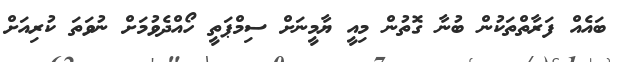
ބައެއް ފަރާތްތަކުން ބުނާ ގޮތުން މިއީ ޔާމީނަށް ސިމްޕަތީ ހޯއްދެވުމަށް ނުވަތަ ކުރިއަށް